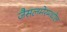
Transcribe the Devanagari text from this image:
जैसलमेरमधील